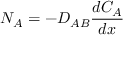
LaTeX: N _ { A } = - D _ { A B } { \frac { d C _ { A } } { d x } }